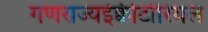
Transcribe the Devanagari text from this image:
गणराज्यईक्वीटोरियल